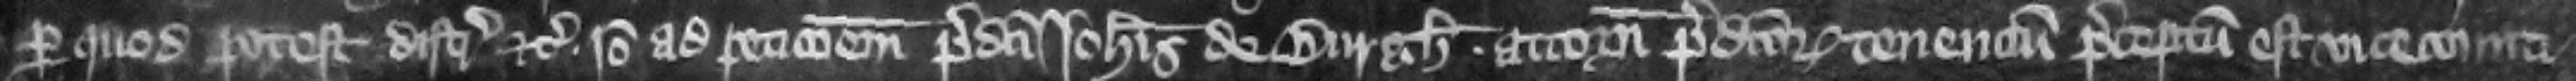
per quod potest distringi etc. Ideo ad peticionem predicti Iohannis de Burgh attornati predictorum tenencium preceptum est vicecomiti